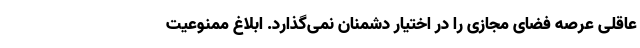
عاقلی عرصه فضای مجازی را در اختیار دشمنان نمی‌گذارد. ابلاغ ممنوعیت